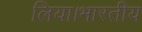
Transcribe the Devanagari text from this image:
लिया।भारतीय